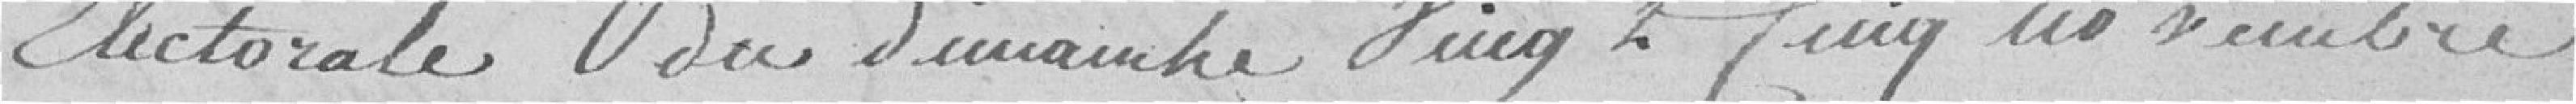
Electorale du dimanche vingt cinq novembre